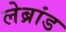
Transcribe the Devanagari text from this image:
लेब्रांड